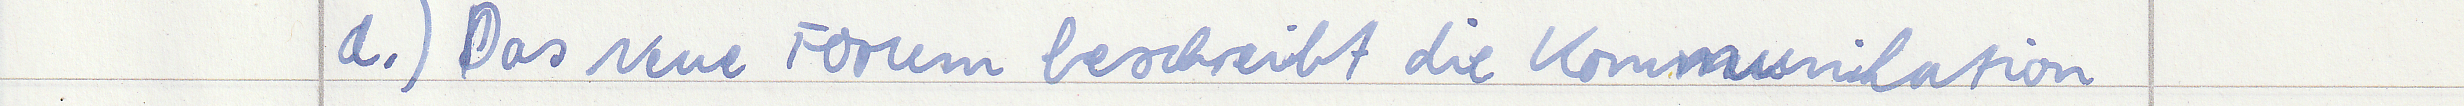
a.) Das Neue Forum beschreibt die Kommunikation